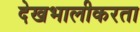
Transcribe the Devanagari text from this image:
देखभालीकरता